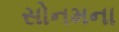
સોનમના